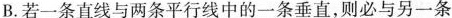
B.若一条直线与两条平行线中的一条垂直，则必与另一条